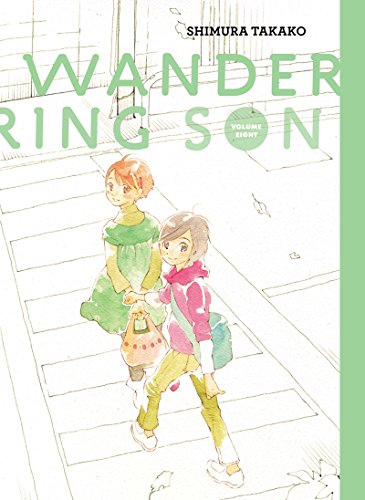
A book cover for Wandering Son Vol. 8 (Vol. 8)  (Wandering Son); Shimura Takako; Comics & Graphic Novels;